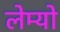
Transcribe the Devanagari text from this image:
लेम्यो